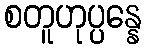
စတူဟုပ္ပန္နေ